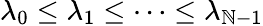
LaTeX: \lambda_{0}\le\lambda_{1}\le\dots\le\lambda_{\mathbb{N}-1}